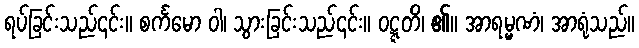
ရပ်ခြင်းသည်၎င်း။ စင်္ကမော ဝါ၊ သွားခြင်းသည်၎င်း။ ဝဋ္ဋတိ၊ ၏။ အာရမ္မဏံ၊ အာရုံသည်။